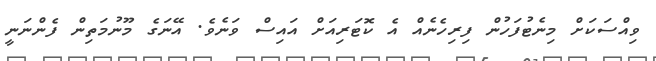
ވިއްސަކަށް މިނެޓުފަހުން ފިރިހެނެއް އެ ކޮޓަރިއަށް އައިސް ވަނެވެ. އޭނަގެ މޫނުމަތިން ފެންނަނީ